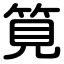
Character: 筧